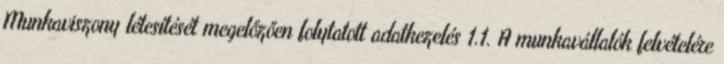
Munkaviszony létesítését megelőzően folytatott adatkezelés 1.1. A munkavállalók felvételére